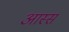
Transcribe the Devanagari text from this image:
आस्स